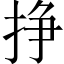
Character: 挣